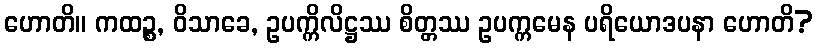
ဟောတိ။ ကထဉ္စ, ဝိသာခေ, ဥပက္ကိလိဋ္ဌဿ စိတ္တဿ ဥပက္ကမေန ပရိယောဒပနာ ဟောတိ?